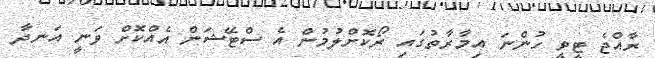
ރާއްޖެ ޓީވީ ހުންނަ އިމާރާތުގައި ރޯކޮށްލުމުން އެ ސްޓޭޝަން އެއްކޮށް ވަނީ އަނދާ